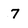
Character: 7